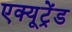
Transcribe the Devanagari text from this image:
एक्यूट्रेंड